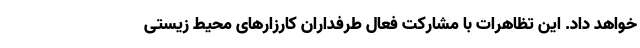
خواهد داد. این تظاهرات با مشارکت فعال طرفداران کارزارهای محیط زیستی